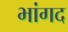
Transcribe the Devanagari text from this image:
भांगद